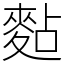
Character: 䴴